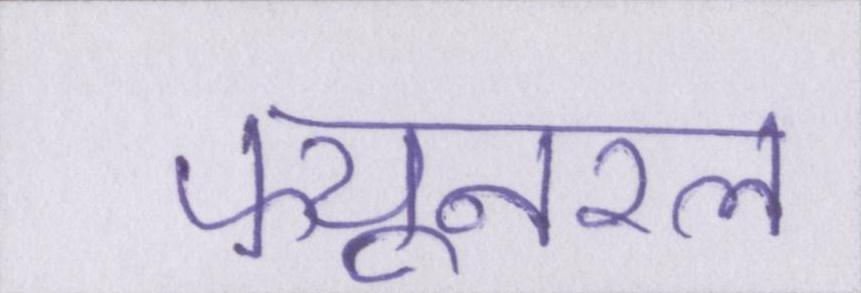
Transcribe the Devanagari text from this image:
फ्यूनरल